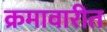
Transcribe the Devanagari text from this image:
क्रमावारीत